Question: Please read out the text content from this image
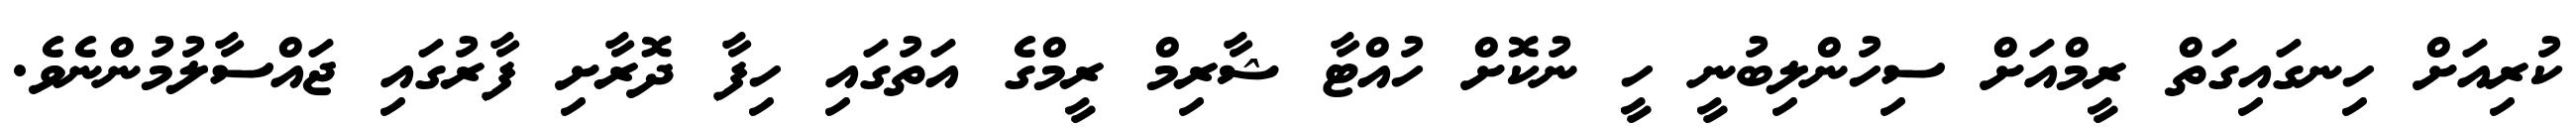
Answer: ކުރިއަށް ހިނގައިގަތް ރީމްއަށް ސިހުންލިބުނީ ހީ ނުކޮށް ހުއްޓާ ޝާރިމް ރީމްގެ އަތުގައި ހިފާ ދޮރާށި ފާރުގައި ޖައްސާލުމުންނެވެ.